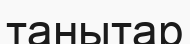
танытар